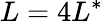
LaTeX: L=4L^{*}